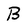
Character: B